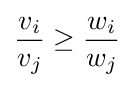
{\frac {v_{i}}{v_{j}}}\geq {\frac {w_{i}}{w_{j}}}